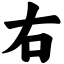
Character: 右